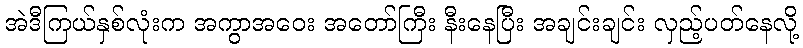
အဲဒီကြယ်နှစ်လုံးက အကွာအဝေး အတော်ကြီး နီးနေပြီး အချင်းချင်း လှည့်ပတ်နေလို့